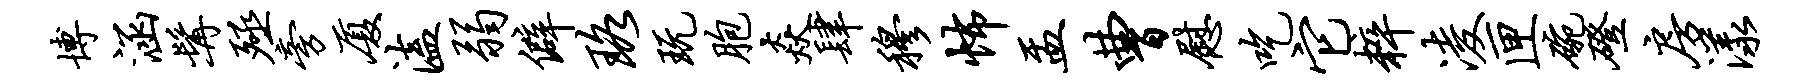
博涵髯殛旁厦溘弱僻珞玩胞焱肆穆怖盂曹慰吃它粹凌匣碗磴房漾